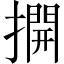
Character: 𢵱